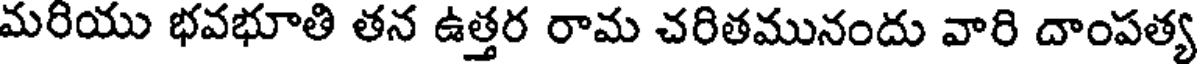
మరియు భవభూతి తన ఉత్తర రామ చరితమునందు వారి దాంపత్య